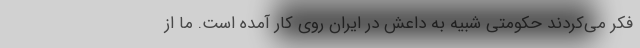
فکر می‌کردند حکومتی شبیه به داعش در ایران روی کار آمده است. ما از